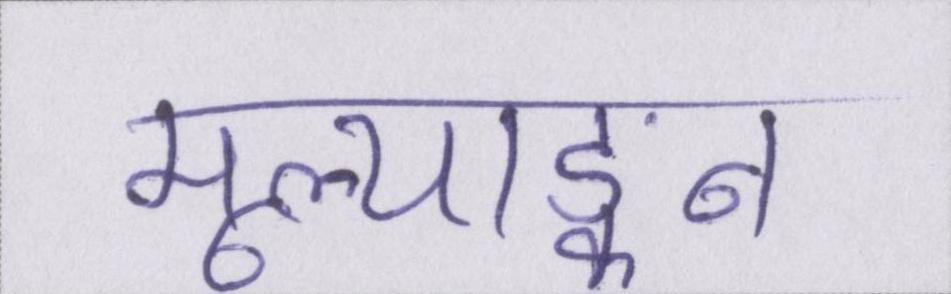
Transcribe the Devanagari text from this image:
मूल्याङ्कन